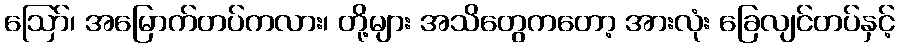
ဩော်၊ အမြောက်တပ်ကလား၊ တို့များ အသိတွေကတော့ အားလုံး ခြေလျင်တပ်နှင့်